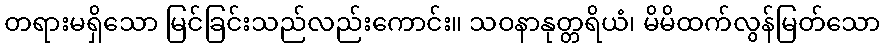
တရားမရှိသော မြင်ခြင်းသည်လည်းကောင်း။ သဝနာနုတ္တရိယံ၊ မိမိထက်လွန်မြတ်သော